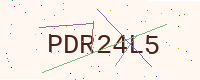
Text: PDR24L5